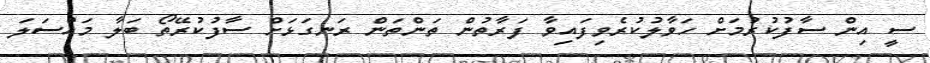
ސީ އިން ސާފުކުރުމަށް ހަވާލުކުރެވިފައިވާ ފަރާތުން ތަންތަން ރަނގަޅަށް ސާފުކުރޭތޯ ބަލާ މައްސަލަ